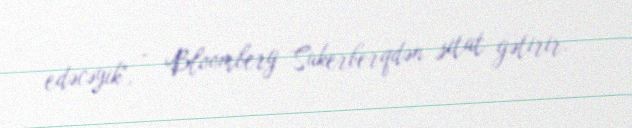
edəcəyik", - Bloomberg Sukerberqdən sitat gətirir.